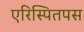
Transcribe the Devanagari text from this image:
एरिस्पितपस